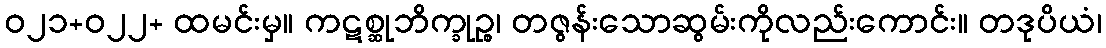
ဝ၂၁+ဝ၂၂+ ထမင်းမှ။ ကဋစ္ဆုဘိက္ခုဉ္စ၊ တဇွန်းသောဆွမ်းကိုလည်းကောင်း။ တဒုပိယံ၊